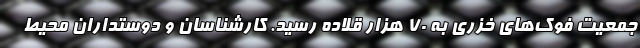
جمعیت فوک‌های خزری به ۷۰ هزار قلاده رسید. کارشناسان و دوستداران محیط